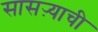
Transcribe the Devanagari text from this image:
सासऱ्याची